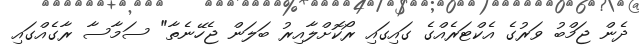
ދެން ޖަމްބު ވަރުގެ އެކްޓަރެއްގެ ގައިގައި ރޯކޮށްލާއިރު ބަލަން ޖެހޭނެތާ" ސަމާސާ ރާގެއްގައި